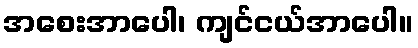
အစေးအာပေါ၊ ကျင်ငယ်အာပေါ။